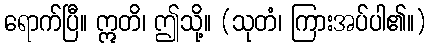
ရောက်ပြီ။ ဣတိ၊ ဤသို့။ (သုတံ၊ ကြားအပ်ပါ၏။)